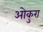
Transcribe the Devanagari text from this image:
ओकुरा